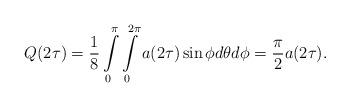
LaTeX: \begin{align*}\begin{aligned}Q(2\tau)=\frac{1}{8}\int\limits_{0}^{\pi}\int\limits_{0}^{2\pi}a(2\tau)\sin\phi d\theta d\phi=\frac{\pi}{2}a(2\tau).\end{aligned}\end{align*}